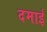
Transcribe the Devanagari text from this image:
दमाई